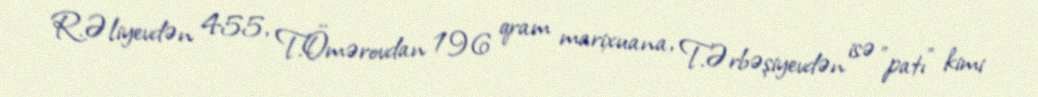
R.Əliyevdən 455, T.Ömərovdan 196 qram marixuana, T.Ərbəşiyevdən isə "patı" kimi